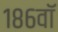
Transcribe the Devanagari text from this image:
१८६वॉ